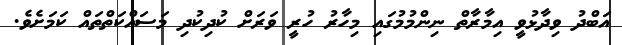
އަބްދު ވިދާޅުވީ އިމާރާތް ނިންމުމުގައި މިހާރު ހުރީ ވަރަށް ކުދިކުދި މަސައްކަތްތައް ކަމަށެވެ.